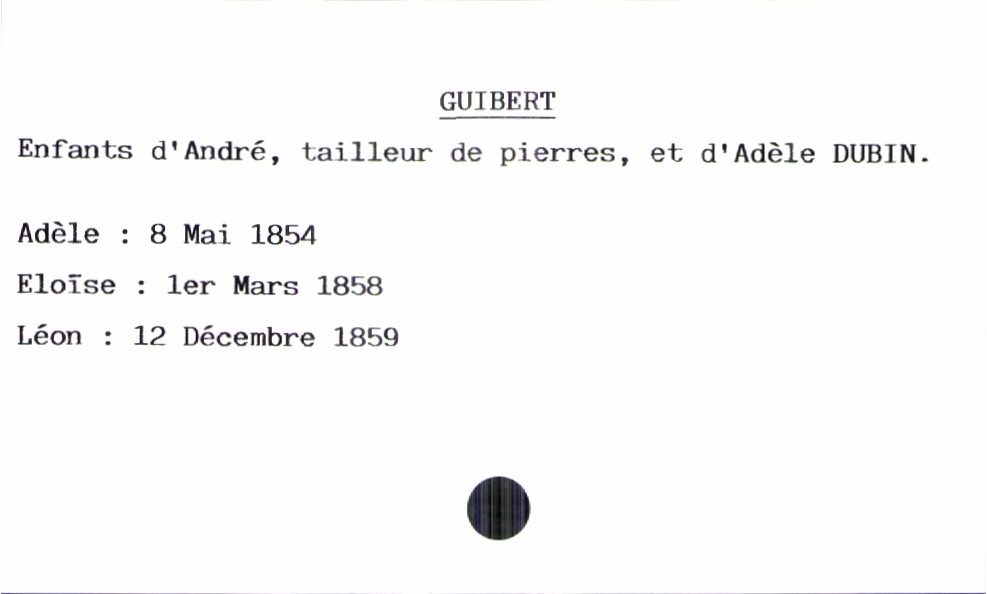
type_acte: Baptême
filiation: fils
enfant_prénom: Léon
enfant_date_de_naissance: 12 décembre 1859
père_enfant_nom: Guibert
père_enfant_prénom: André
père_enfant_profession: tailleur de pierres
mère_enfant_nom: Dubin
mère_enfant_prénom: Adèle